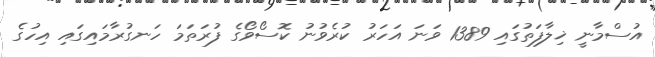
އުސްމާނީ ޚިލާފަތުގައި 1389 ވަނަ އަހަރު ކުރެވުނު ކޮސޯވޯގެ ފުރަތަމަ ހަނގުރާމައިގައި އިހުގެ